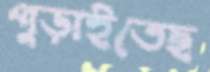
পুড়াইতেছ